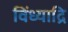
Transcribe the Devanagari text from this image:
विंध्याद्रि